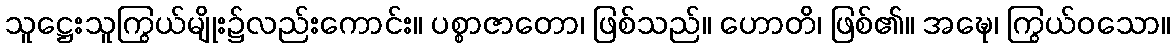
သူဋ္ဌေးသူကြွယ်မျိုး၌လည်းကောင်း။ ပစ္စာဇာတော၊ ဖြစ်သည်။ ဟောတိ၊ ဖြစ်၏။ အဍ္ဎေ၊ ကြွယ်ဝသော။